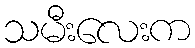
သမီးလေးက